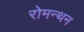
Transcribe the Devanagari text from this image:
रोमन्थन